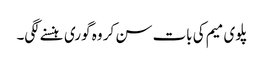
پلوی میم کی بات سن کر وہ گوری ہنسنے لگی۔